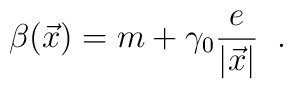
\beta(\vec{x})=m+\gamma_0\frac{e}{|\vec{x}|}\;\;.